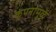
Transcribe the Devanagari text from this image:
कंपनांमुळे